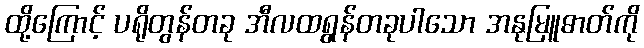
ထို့ကြောင့် ပရိုတွန်တခု အီလထရွန်တခုပါသော အနုမြူဓာတ်ကို